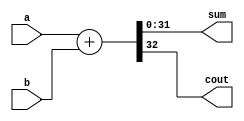
`timescale 1ns / 1ps
//////////////////////////////////////////////////////////////////////////////////
// Company: 
// Engineer: 
// 
// Design Name: 
// Module Name:    half_adder 
// Project Name: 
// Target Devices: 
// Tool versions: 
// Description: 
//
// Dependencies: 
//
// Revision: 
// Revision 0.01 - File Created
// Additional Comments: 
//
//////////////////////////////////////////////////////////////////////////////////
module half_adder(
    input [31:0] a,
    input [31:0] b,
    output [31:0] sum,
    output cout
    );

assign {cout,sum}=a+b;

endmodule